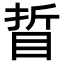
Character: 䀸